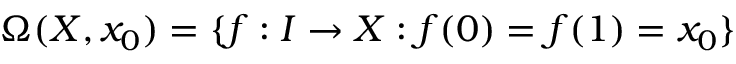
\Omega ( X , x _ { 0 } ) = \{ f : I \to X : f ( 0 ) = f ( 1 ) = x _ { 0 } \}